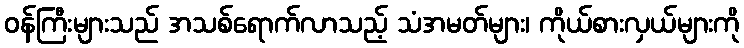
ဝန်ကြီးများသည် အသစ်ရောက်လာသည့် သံအမတ်များ၊ ကိုယ်စားလှယ်များကို